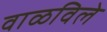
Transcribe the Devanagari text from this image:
वाळविले